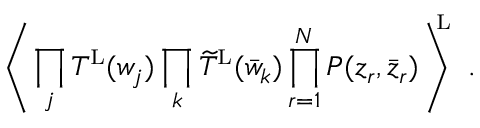
\left\langle \, \prod _ { j } T ^ { \mathrm { \scriptscriptstyle L } } ( w _ { j } ) \prod _ { k } \widetilde T ^ { \mathrm { \scriptscriptstyle L } } ( \bar { w } _ { k } ) \prod _ { r = 1 } ^ { N } P ( z _ { r } , \bar { z } _ { r } ) \, \right\rangle ^ { \! \! \! \mathrm { \scriptscriptstyle L } } \ .